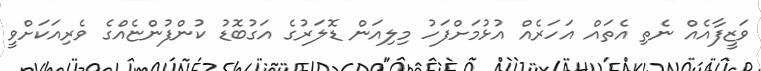
ވަޒީފާއެއް ނެތި އެތައް އަހަރެއް އުޅުމަށްފަހު މިލިއަން ޑޮލަރުގެ އަގުބޮޑު ކުންފުންޏެއްގެ ވެރިއަކަށްވީ